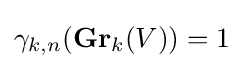
\gamma _{k,n}(\mathbf {Gr} _{k}(V))=1